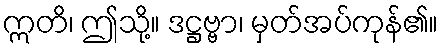
ဣတိ၊ ဤသို့။ ဒဋ္ဌဗ္ဗာ၊ မှတ်အပ်ကုန်၏။